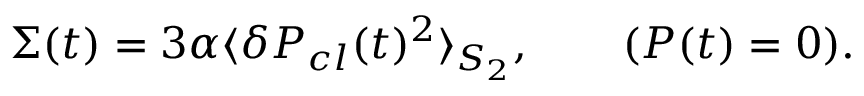
\Sigma ( t ) = 3 \alpha \langle \delta P _ { c l } ( t ) ^ { 2 } \rangle _ { S _ { 2 } } , \qquad ( { \cal P } ( t ) = 0 ) .